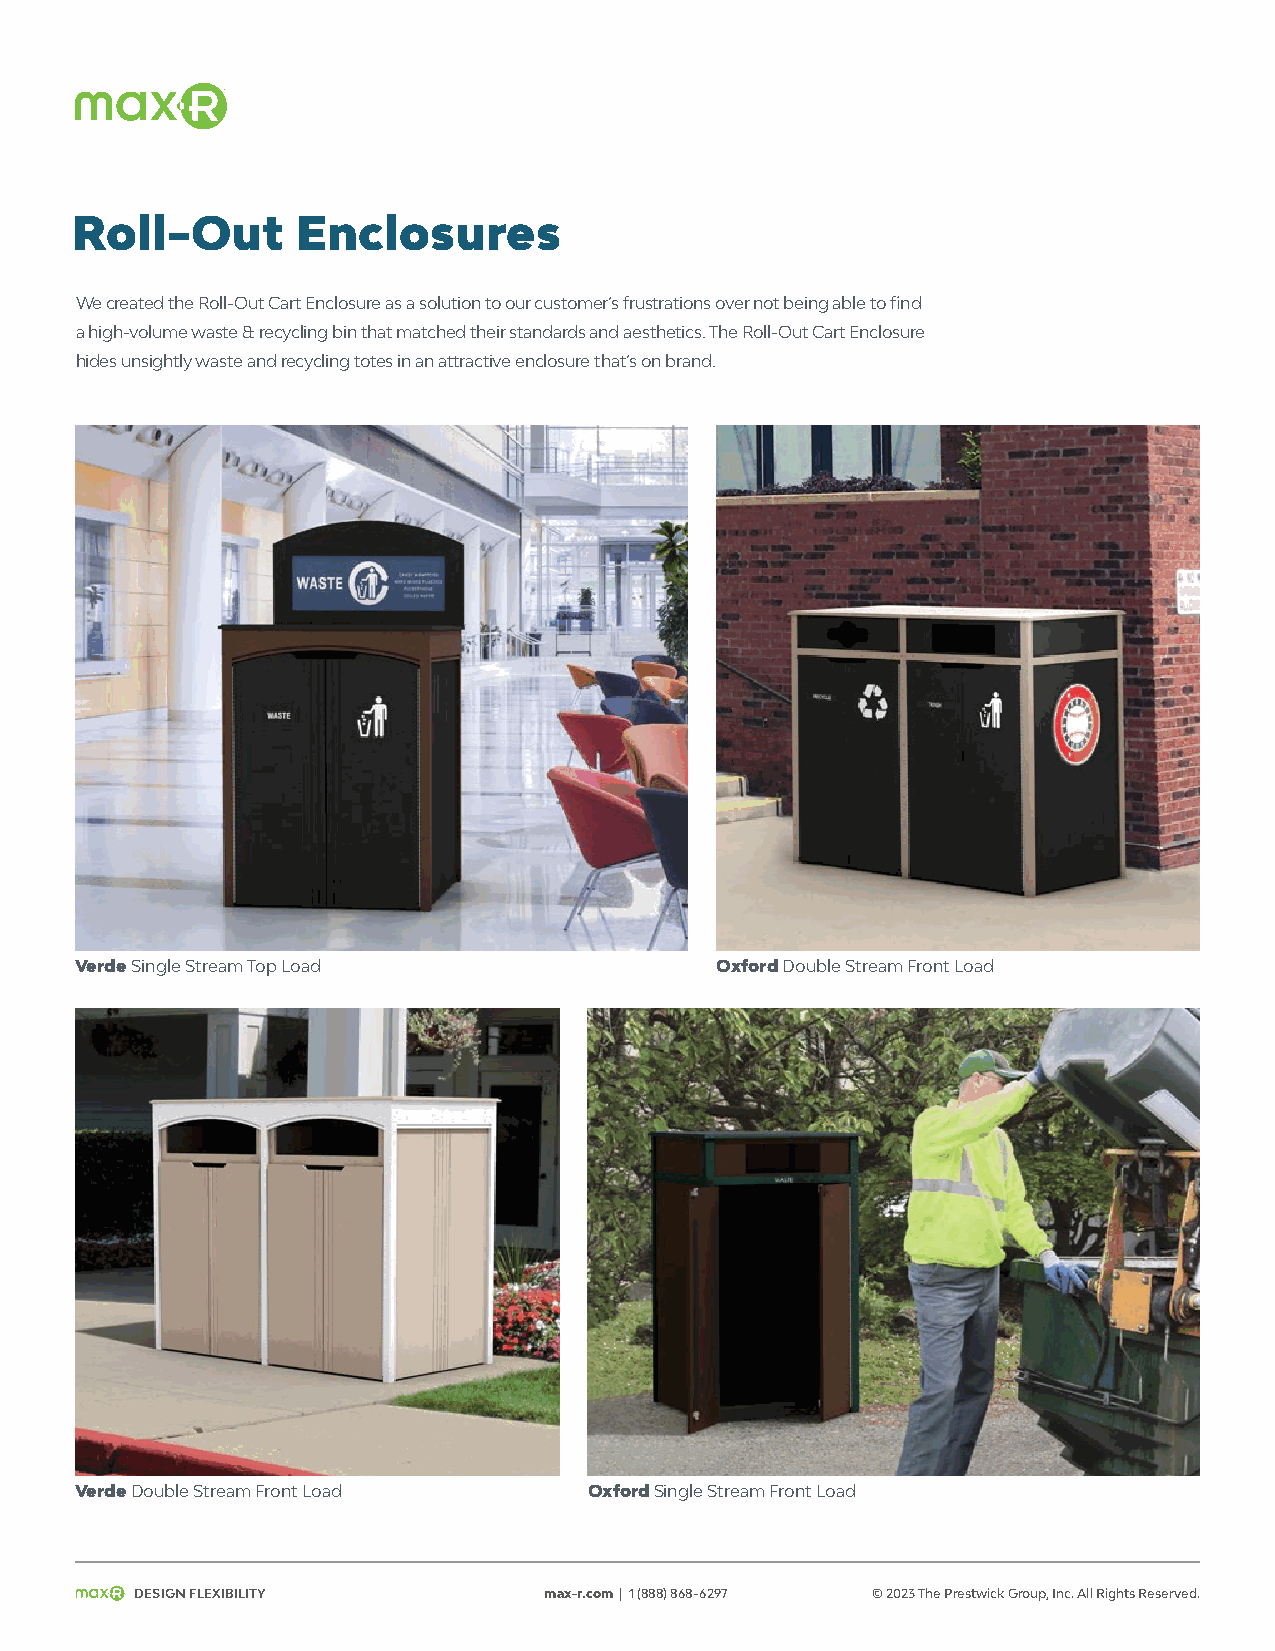
Roll-Out       Enclosures
 We created the Roll-Out Cart Enclosure as a solution to our customer’s frustrations over not being able to find
 a high-volume waste & recycling bin that matched their standards and aesthetics. The Roll-Out Cart Enclosure
 hides unsightly waste and recycling totes in an attractive enclosure that’s on brand.
 Verde Single Stream Top Load              Oxford Double Stream Front Load
 Verde Double Stream Front Load    Oxford Single Stream Front Load
 Design Flexibility         max-r.com | 1 (888) 868-6297 © 2023 The Prestwick Group, Inc. All Rights Reserved.